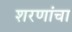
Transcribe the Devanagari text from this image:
शरणांचा